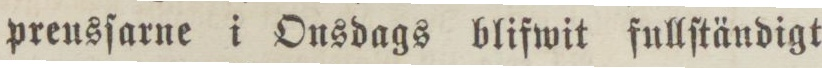
preusſarne i Onsdags blifwit fullſtändigt